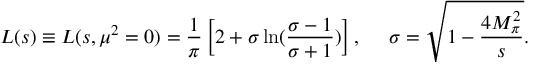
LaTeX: L ( s ) \equiv L ( s , \mu ^ { 2 } = 0 ) = \frac { 1 } { \pi } \left[ 2 + \sigma \ln ( \frac { \sigma - 1 } { \sigma + 1 } ) \right] , ~ ~ ~ ~ \sigma = \sqrt { 1 - \frac { 4 M _ { \pi } ^ { 2 } } { s } } .